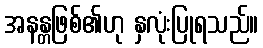
အနန္တဖြစ်၏ဟု နှလုံးပြုရသည်။